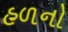
હળનો